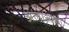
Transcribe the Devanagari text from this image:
अलासका